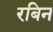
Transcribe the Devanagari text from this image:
रबिन